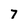
Character: 7